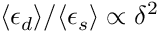
\langle \epsilon _ { d } \rangle / \langle \epsilon _ { s } \rangle \propto \delta ^ { 2 }